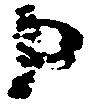
日